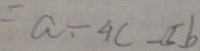
= a - 4 c - 5 b